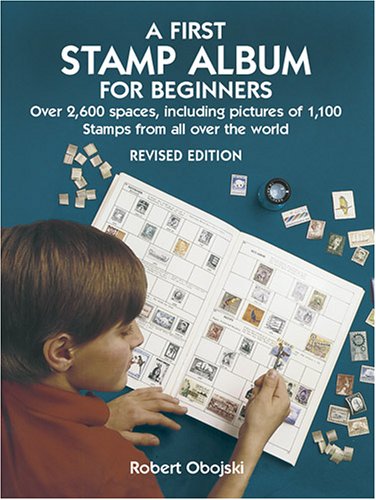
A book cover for A First Stamp Album for Beginners: Revised Edition (Dover Children's Activity Books); Robert Obojski; Crafts, Hobbies & Home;